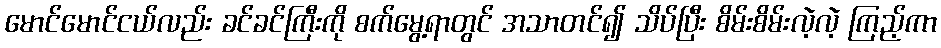
မောင်မောင်ငယ်လည်း ခင်ခင်ကြီးကို စက်မွေ့ရာတွင် အသာတင်၍ သိပ်ပြီး စိမ်းစိမ်းလဲ့လဲ့ ကြည့်ကာ